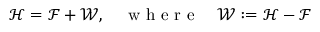
\mathcal { H } = \mathcal { F } + \mathcal { W } , \quad \mathrm { ~ w ~ h ~ e ~ r ~ e ~ } \quad \mathcal { W } : = \mathcal { H } - \mathcal { F }